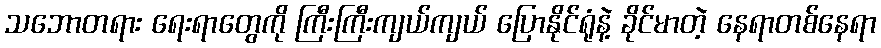
သဘောတရား ရေးရာတွေကို ကြီးကြီးကျယ်ကျယ် ပြောနိုင်ရုံနဲ့ ခိုင်မာတဲ့ နေရာတစ်နေရာ